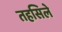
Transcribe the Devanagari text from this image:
तहसिले